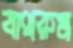
বাথরুম